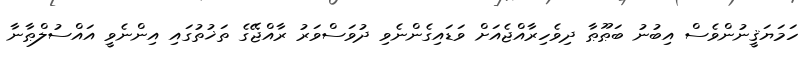
ހަމަޔަޤީނުންވެސް އިބުނު ބަޠޫޠާ ދިވެހިރާއްޖެއަށް ވަޑައިގެންނެވި ދުވަސްވަރު ރާއްޖޭގެ ތަޚުތުގައި އިންނެވީ އައްސުލްޠާނާ